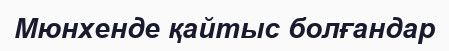
Мюнхенде қайтыс болғандар